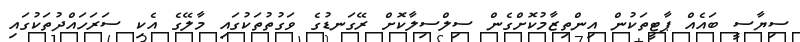
ސިޔާސީ ބައެއް ޕާޓީތަކުން އިންތިޒާމުކޮށްގެން ސިލްސިލާކޮށް ރޭގަނޑުގެ ވަގުތުތަކުގައި މާލޭގެ އެކި ސަރަހައްދުތަކުގައި